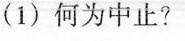
(1)何为中止?